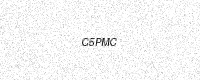
Text: C5PMC